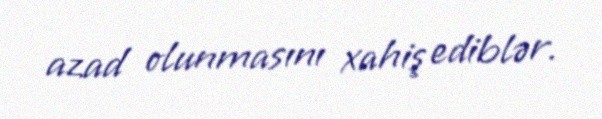
azad olunmasını xahiş ediblər.